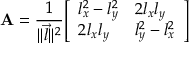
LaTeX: \mathbf { A } = { \frac { 1 } { \lVert { \vec { l } } \rVert ^ { 2 } } } { \left[ \begin{array} { l l } { l _ { x } ^ { 2 } - l _ { y } ^ { 2 } } & { 2 l _ { x } l _ { y } } \\ { 2 l _ { x } l _ { y } } & { l _ { y } ^ { 2 } - l _ { x } ^ { 2 } } \end{array} \right] }